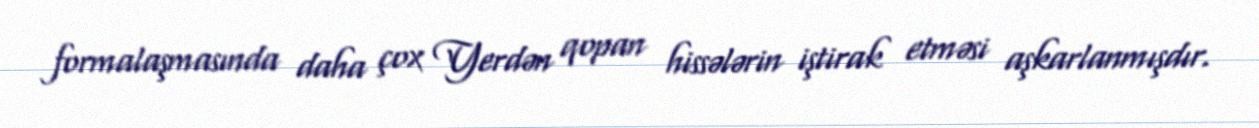
formalaşmasında daha çox Yerdən qopan hissələrin iştirak etməsi aşkarlanmışdır.